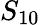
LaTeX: S_{10}